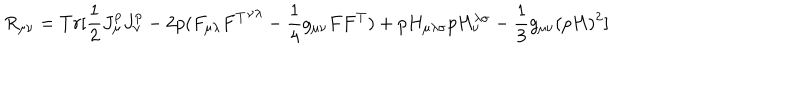
R _ { \mu \nu } = T r [ \frac { 1 } { 2 } J _ { \mu } ^ { p } J _ { \nu } ^ { p } - 2 p ( F _ { \mu \lambda } { F ^ { T } } ^ { \nu \lambda } - \frac { 1 } { 4 } g _ { \mu \nu } F F ^ { T } ) + p H _ { \mu \lambda \sigma } p H _ { \nu } ^ { \lambda \sigma } - \frac { 1 } { 3 } g _ { \mu \nu } ( p H ) ^ { 2 } ]